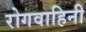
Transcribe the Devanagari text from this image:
रोगवाहिनी